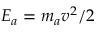
E _ { a } = m _ { a } v ^ { 2 } / 2